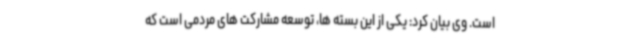
است. وی بیان کرد: یکی از این بسته ها، توسعه مشارکت های مردمی است که